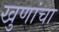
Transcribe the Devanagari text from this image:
खुणांचा